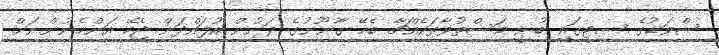
ސްވަޑުގެ ސިޓީގައި ބުނީ މަސްތުވާތަކެއްޗާ ބެހޭ ގާނޫނުގެ ދަށުން އުފައްދަން ޖެހޭ އަންހެނުންނަށް